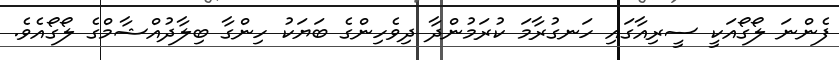
ފެންނަ ލޯގޯއަކީ ސީރިއާގައި ހަނގުރާމަ ކުރަމުންދާ ދިވެހިންގެ ބަޔަކު ހިންގާ ބިލާދުއްޝާމްގެ ލޯގޯއެވެ.